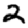
Digit: 2